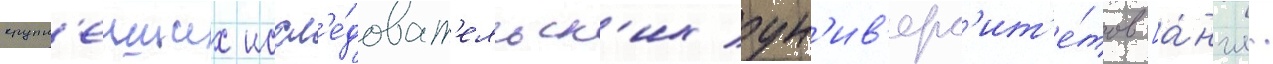
крупн'еиших иссл'е́доват'ельск'их ун'ив'ерс'ит'е́тов [а́нгл.